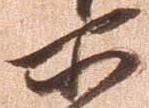
所